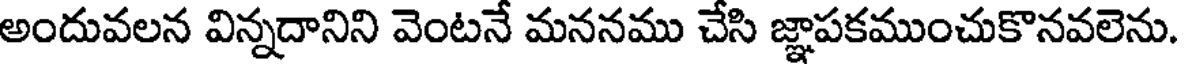
అందువలన విన్నదానిని వెంటనే మననము చేసి జ్ఞాపకముంచుకొనవలెను.